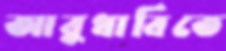
আবুধাবিতে